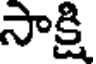
సాక్షి